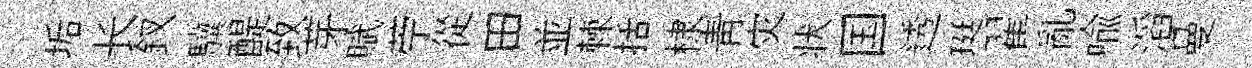
垢长釵驥醍致芽賦苧從田並棘括棣青灾状国透珽翟亂喩滔曼